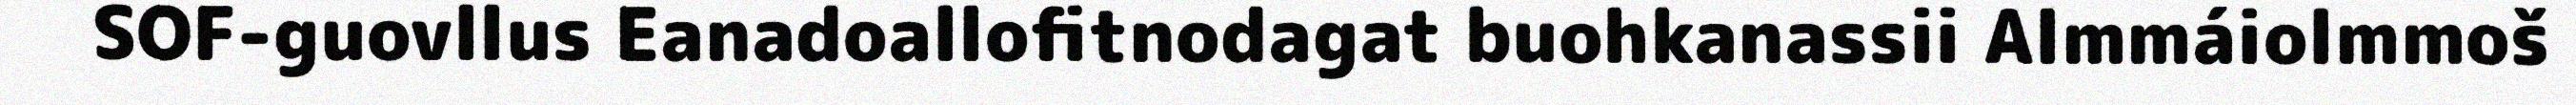
SOF-guovllus Eanadoallofitnodagat buohkanassii Almmáiolmmoš